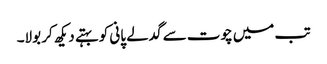
تب میں چوت سے گدلے پانی کو بہتے دیکھ کر بولا۔